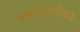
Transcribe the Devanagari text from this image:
अध्यात्मवाणीकडे